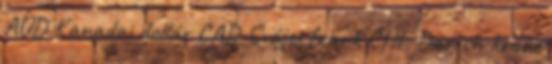
AUD Kanadai dollár CAD Svájci frank CHF Danish krone